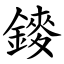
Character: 䥑